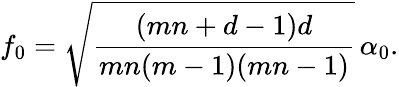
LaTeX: f_{0}=\sqrt{\frac{(mn+d-1)d}{mn(m-1)(mn-1)}}\, \alpha_{0}.